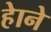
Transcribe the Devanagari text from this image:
हेाने